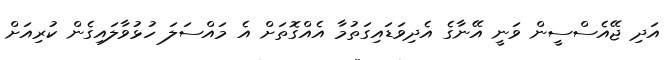
އަދި ޖޭއެސްސީން ވަނީ އޭނާގެ އެދިވަޑައިގަތުމާ އެއްގޮތަށް އެ މައްސަލަ ހުޅުވާލައިގެން ކުރިއަށް